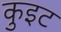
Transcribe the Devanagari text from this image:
कुइट